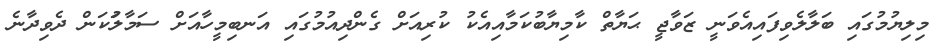
މިލިޔުމުގައި ބަލާލެވިފައިއެވަނީ ޒަވާޖީ ޙަޔާތް ކާމިޔާބުކަމާއިއެކު ކުރިއަށް ގެންދިއުމުގައި އަނބިމީހާއަށް ސަމާލުަކަން ދެވިދާނެ